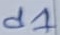
Text: d1